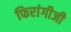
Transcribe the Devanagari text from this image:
फिरांगीजी